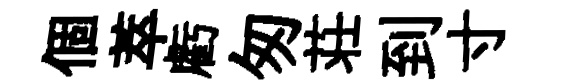
個萃虧匆荘到寸